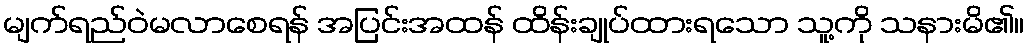
မျက်ရည်ဝဲမလာစေရန် အပြင်းအထန် ထိန်းချုပ်ထားရသော သူ့ကို သနားမိ၏။